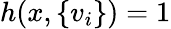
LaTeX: h(x,\{ v_{i}\} )=1